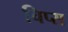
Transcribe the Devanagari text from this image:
चिप्‍स